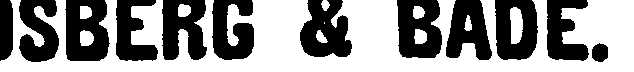
ISBER6 & BADE.